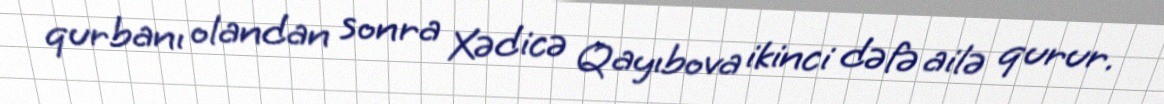
qurbanı olandan sonra Xədicə Qayıbova ikinci dəfə ailə qurur.